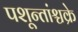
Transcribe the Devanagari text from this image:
पशून्तांश्चक्रे